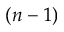
( n - 1 )